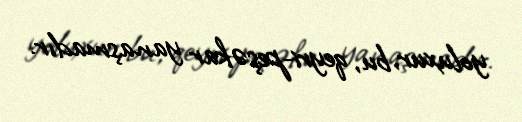
yoluxur, bu, qeyri-peşəkar yanaşmadır.